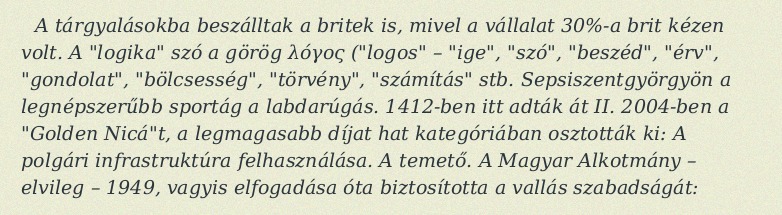
A tárgyalásokba beszálltak a britek is, mivel a vállalat 30%-a brit kézen volt. A "logika" szó a görög λόγος ("logos" – "ige", "szó", "beszéd", "érv", "gondolat", "bölcsesség", "törvény", "számítás" stb. Sepsiszentgyörgyön a legnépszerűbb sportág a labdarúgás. 1412-ben itt adták át II. 2004-ben a "Golden Nicá"t, a legmagasabb díjat hat kategóriában osztották ki: A polgári infrastruktúra felhasználása. A temető. A Magyar Alkotmány – elvileg – 1949, vagyis elfogadása óta biztosította a vallás szabadságát: